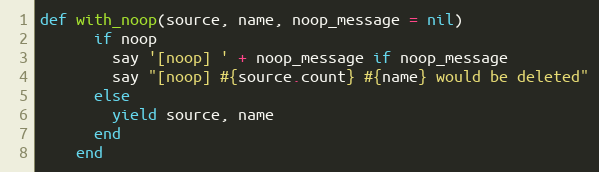
Language: Ruby
def with_noop(source, name, noop_message = nil)
      if noop
        say '[noop] ' + noop_message if noop_message
        say "[noop] #{source.count} #{name} would be deleted"
      else
        yield source, name
      end
    end